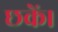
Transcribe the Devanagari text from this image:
छकें।